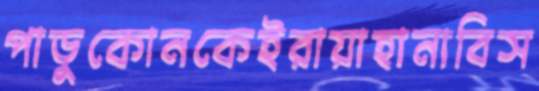
পাড়ুকোনকেইরায়াহানাবিস